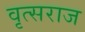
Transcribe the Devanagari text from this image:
वृत्सराज